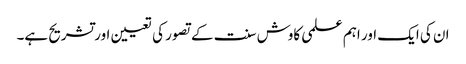
ان کی ایک اور اہم علمی کاوش سنت کے تصور کی تعیین اورتشریح ہے۔